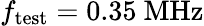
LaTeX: f_{\mathrm{test}}=0.35~\mathrm{MHz}